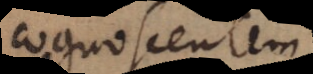
cognoscentem